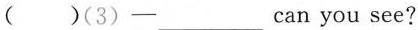
( )(3)—— ___ can you see?